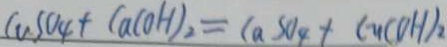
C u S O _ { 4 } + C a ( O H ) _ { 2 } = C a S O _ { 4 } + C u ( O H ) _ { 2 }